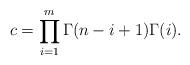
LaTeX: \begin{align*}c=\prod_{i=1}^{m}\Gamma(n-i+1)\Gamma(i).\end{align*}